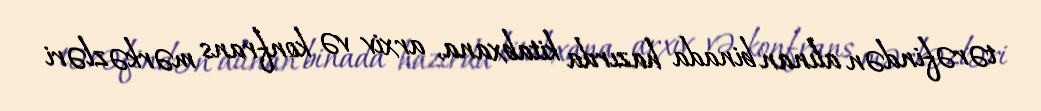
tərəfindən alınan binada hazırda kitabxana, arxiv və konfrans mərkəzləri